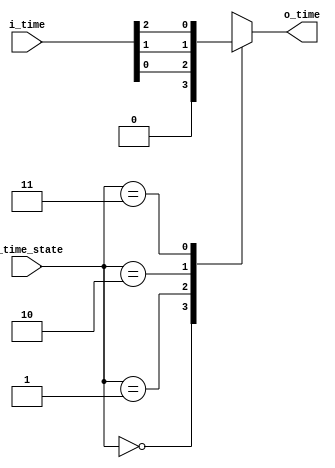
`timescale 1ns / 1ps
//////////////////////////////////////////////////////////////////////////////////
// Company: 
// Engineer: 
// 
// Design Name: 
// Module Name: MUX_3x1
// Project Name: 
// Target Devices: 
// Tool Versions: 
// Description: 
// 
// Dependencies: 
// 
// Revision:
// Revision 0.01 - File Created
// Additional Comments:
// 
//////////////////////////////////////////////////////////////////////////////////


module MUX_3x1(
    input [2:0] i_time,
    input [1:0] i_time_state,
    output o_time
    );

    reg r_time;
    assign o_time = r_time;

    always @(*) begin
        case(i_time_state)
            2'b00 : r_time <= 1'b0;
            2'b01: r_time <= i_time[0];
            2'b10 : r_time <= i_time[1];
            2'b11 : r_time <= i_time[2];
        endcase
    end
endmodule